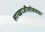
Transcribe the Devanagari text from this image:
साखाजीसोबतचा